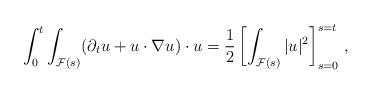
LaTeX: \begin{align*} \int_0^t\int_{{\mathcal F}(s) }(\partial_t u + u \cdot \nabla u )\cdot u = \dfrac{1}{2} \left[\int_{\mathcal F (s)} |u|^2 \right]_{s=0}^{s=t}\,,\end{align*}